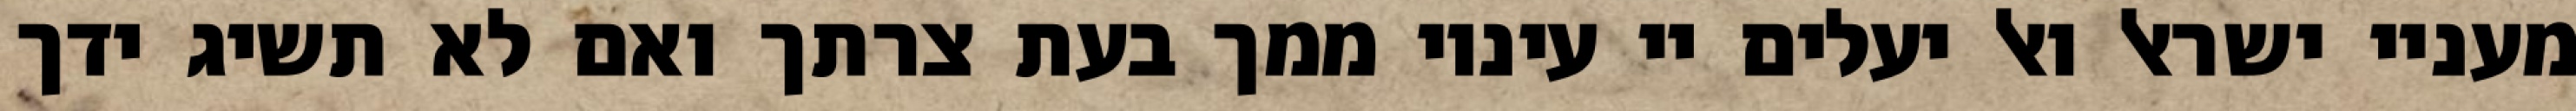
מעניי ישראל ואל יעלים יי עיניו ממך בעת צרתך ואם לא תשיג ידך